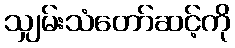
သျှမ်းသံတော်ဆင့်ကို